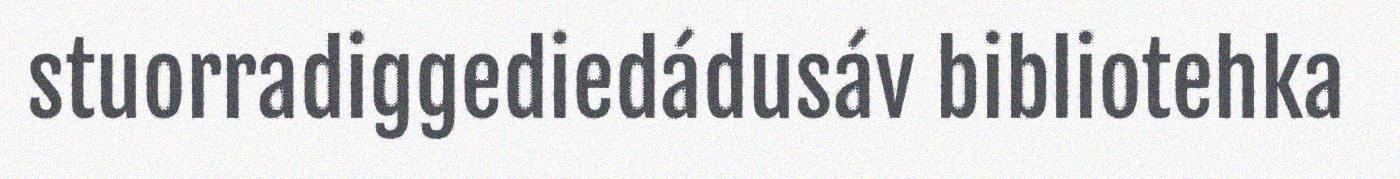
stuorradiggediedádusáv bibliotehka